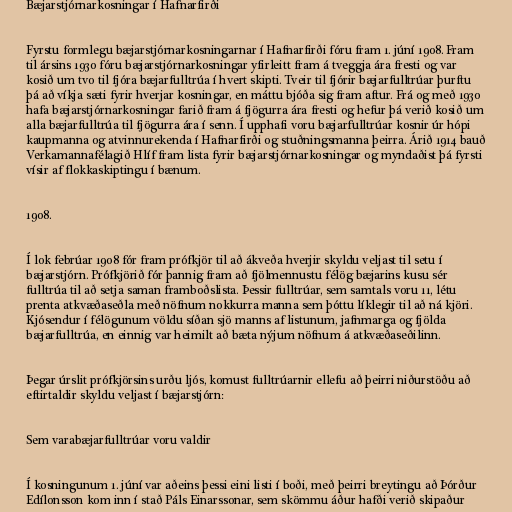
Bæjarstjórnarkosningar í Hafnarfirði

Fyrstu formlegu bæjarstjórnarkosningarnar í Hafnarfirði fóru fram 1. júní 1908. Fram
til ársins 1930 fóru bæjarstjórnarkosningar yfirleitt fram á tveggja ára fresti og var
kosið um tvo til fjóra bæjarfulltrúa í hvert skipti. Tveir til fjórir bæjarfulltrúar þurftu
þá að víkja sæti fyrir hverjar kosningar, en máttu bjóða sig fram aftur. Frá og með 1930
hafa bæjarstjórnarkosningar farið fram á fjögurra ára fresti og hefur þá verið kosið um
alla bæjarfulltrúa til fjögurra ára í senn. Í upphafi voru bæjarfulltrúar kosnir úr hópi
kaupmanna og atvinnurekenda í Hafnarfirði og stuðningsmanna þeirra. Árið 1914 bauð
Verkamannafélagið Hlíf fram lista fyrir bæjarstjórnarkosningar og myndaðist þá fyrsti
vísir af flokkaskiptingu í bænum.

1908.

Í lok febrúar 1908 fór fram prófkjör til að ákveða hverjir skyldu veljast til setu í
bæjarstjórn. Prófkjörið fór þannig fram að fjölmennustu félög bæjarins kusu sér
fulltrúa til að setja saman framboðslista. Þessir fulltrúar, sem samtals voru 11, létu
prenta atkvæðaseðla með nöfnum nokkurra manna sem þóttu líklegir til að ná kjöri.
Kjósendur í félögunum völdu síðan sjö manns af listunum, jafnmarga og fjölda
bæjarfulltrúa, en einnig var heimilt að bæta nýjum nöfnum á atkvæðaseðilinn.

Þegar úrslit prófkjörsins urðu ljós, komust fulltrúarnir ellefu að þeirri niðurstöðu að
eftirtaldir skyldu veljast í bæjarstjórn:

Sem varabæjarfulltrúar voru valdir

Í kosningunum 1. júní var aðeins þessi eini listi í boði, með þeirri breytingu að Þórður
Edílonsson kom inn í stað Páls Einarssonar, sem skömmu áður hafði verið skipaður